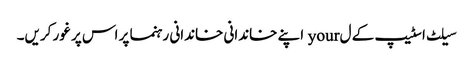
سیلٹ اسٹیپ کے ل your اپنے خاندانی خاندانی رہنما پر اس پر غور کریں۔